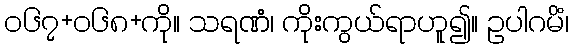
၀၆၇+၀၆၈+ကို။ သရဏံ၊ ကိုးကွယ်ရာဟူ၍။ ဥပါဂမိံ၊